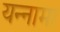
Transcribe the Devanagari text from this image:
यन्‍नामा